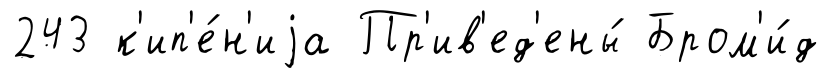
243 к'ип'е́н'иjа Пр'ив'ед'ены́ Бром'и́д